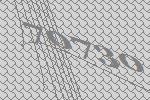
70730